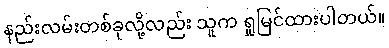
နည်းလမ်းတစ်ခုလို့လည်း သူက ရှုမြင်ထားပါတယ်။